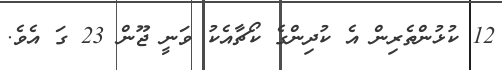
12 ކުޅުންތެރިން އެ ކުދިންގެ ކޯޗާއެކު ވަނީ ޖޫން 23 ގަ އެވެ.